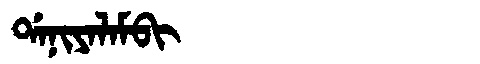
Manchu: ᡩᠠᠨᡳᠶᠠᠯᠠᠮᠪᡳ
Romanization: DANIYALAMBI